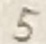
Text: 5